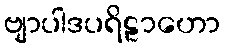
ဗျာပါဒပရိဠာဟော